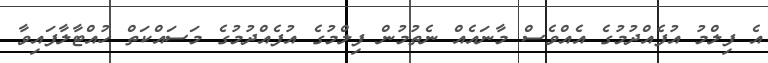
އެ ފިލްމު އުފެއްދުމުގެ އެއްވެސް މާނައެއް ނެތުމުން ފިލްމުގެ އުފެއްދުމުގެ މަސައްކަތް ހުއްޓާލާފައިވާ